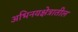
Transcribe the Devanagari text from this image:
अभिनयक्षेत्रातील